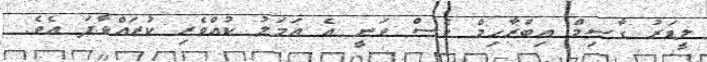
ލީޑަރު ގާސިމް އިބްރާހިމް ވެސް ވަނީ އެ އަމަލު ކުއްވެރި ކުރައްވާފަ އެވެ.